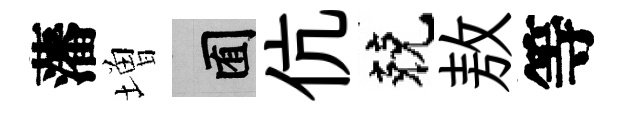
藩増囿伉兢敖等